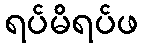
ရပ်မိရပ်ဖ